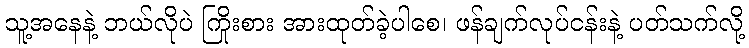
သူ့အနေနဲ့ ဘယ်လိုပဲ ကြိုးစား အားထုတ်ခဲ့ပါစေ၊ ဖန်ချက်လုပ်ငန်းနဲ့ ပတ်သက်လို့